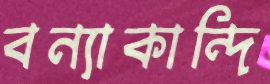
বন্যাকান্দি